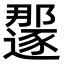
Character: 𫑏